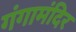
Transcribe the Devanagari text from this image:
गंगामंदिर